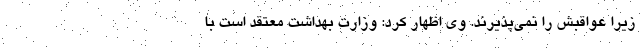
زیرا عواقبش را نمی‌پذیرند. وی اظهار کرد: وزارت بهداشت معتقد است با